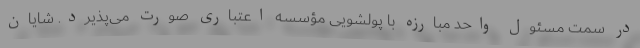
در سمت مسئول واحد مبارزه با پولشویی مؤسسه اعتباری صورت می‌پذیرد. شایان